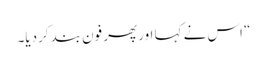
“ اس نے کہا اور پھر فون بند کردیا۔